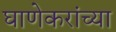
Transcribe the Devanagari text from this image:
घाणेकरांच्या